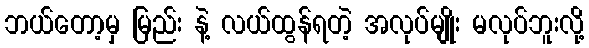
ဘယ်တော့မှ မြည်း နဲ့ လယ်ထွန်ရတဲ့ အလုပ်မျိုး မလုပ်ဘူးလို့